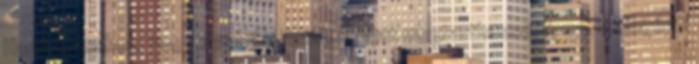
Haditanácshoz, hogy a palotai rezidenciáját megtarthassa. 1703. – Megépül